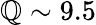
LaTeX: \mathbb{Q}\sim9.5